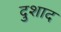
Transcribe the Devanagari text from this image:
दुशाद